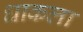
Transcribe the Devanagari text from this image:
धाकला